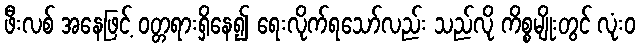
ဖီးလစ် အနေဖြင့် ဝတ္တရားရှိနေ၍ ရေးလိုက်ရသော်လည်း သည်လို ကိစ္စမျိုးတွင် လုံးဝ